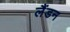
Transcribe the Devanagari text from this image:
लैंडन